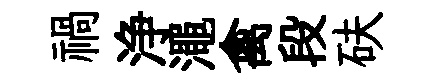
禍浄澠禽段砆